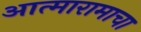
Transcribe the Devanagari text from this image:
आत्मारामाचा